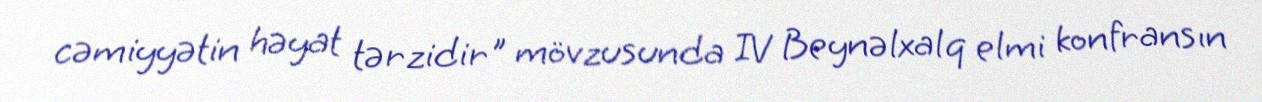
cəmiyyətin həyat tərzidir" mövzusunda IV Beynəlxalq elmi konfransın